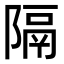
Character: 隔